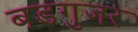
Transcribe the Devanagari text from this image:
बडगुजर